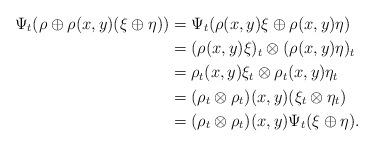
LaTeX: \begin{align*}\Psi_t(\rho\oplus \rho(x,y)(\xi\oplus\eta)) & = \Psi_t(\rho(x,y)\xi\oplus\rho(x,y)\eta) & \\& = (\rho(x,y)\xi)_t \otimes (\rho(x,y)\eta)_t & \\& = \rho_t(x,y) \xi_t \otimes \rho_t(x,y) \eta_t & \\& = (\rho_t \otimes \rho_t)(x,y) (\xi_t \otimes \eta_t) & \\& = (\rho_t \otimes \rho_t)(x,y) \Psi_t(\xi\oplus \eta). &\end{align*}